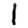
Digit: 1